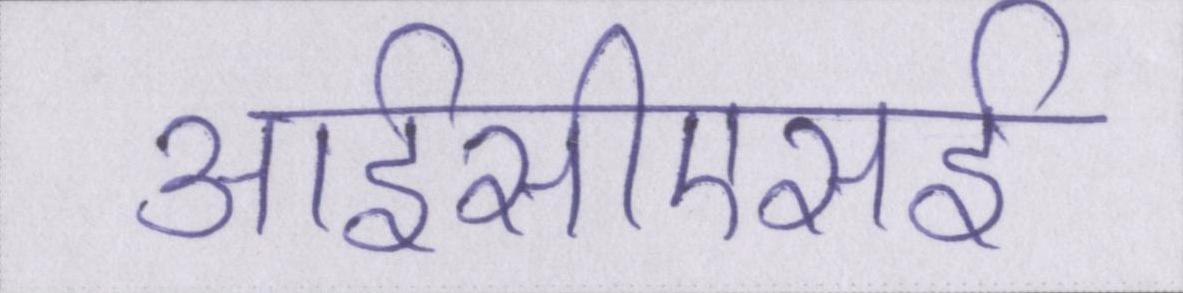
आईसीएसई